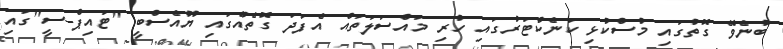
ބުނެވޭ ގޮތުގައި މުސްކުޅި ކަނެކްޓަރުގައި ހުރި މައްސަލަތައް އެފަދަ ގޮތެއްގައި ޔޫއެސްބީ "ޓައިޕް-ސީ"ގައި